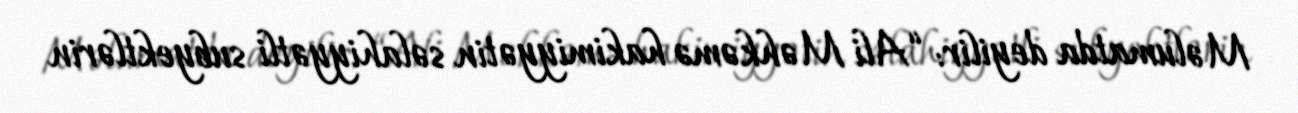
Məlumatda deyilir: “Ali Məhkəmə hakimiyyətin səlahiyyətli subyektlərin